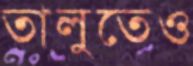
তালুতেও